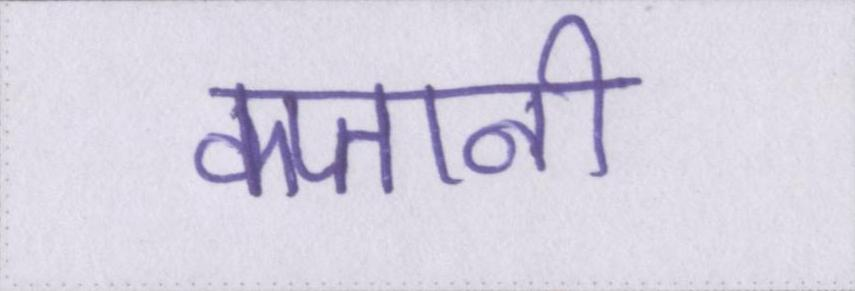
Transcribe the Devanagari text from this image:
कप्तानी